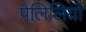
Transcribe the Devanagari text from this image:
पैलिलियों